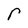
Character: r